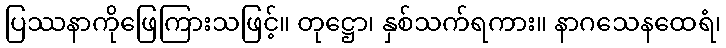
ပြဿနာကိုဖြေကြားသဖြင့်။ တုဋ္ဌော၊ နှစ်သက်ရကား။ နာဂသေနထေရံ၊